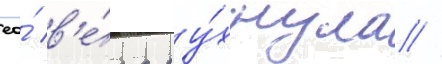
ео́ в'е́ра ру́хнула //